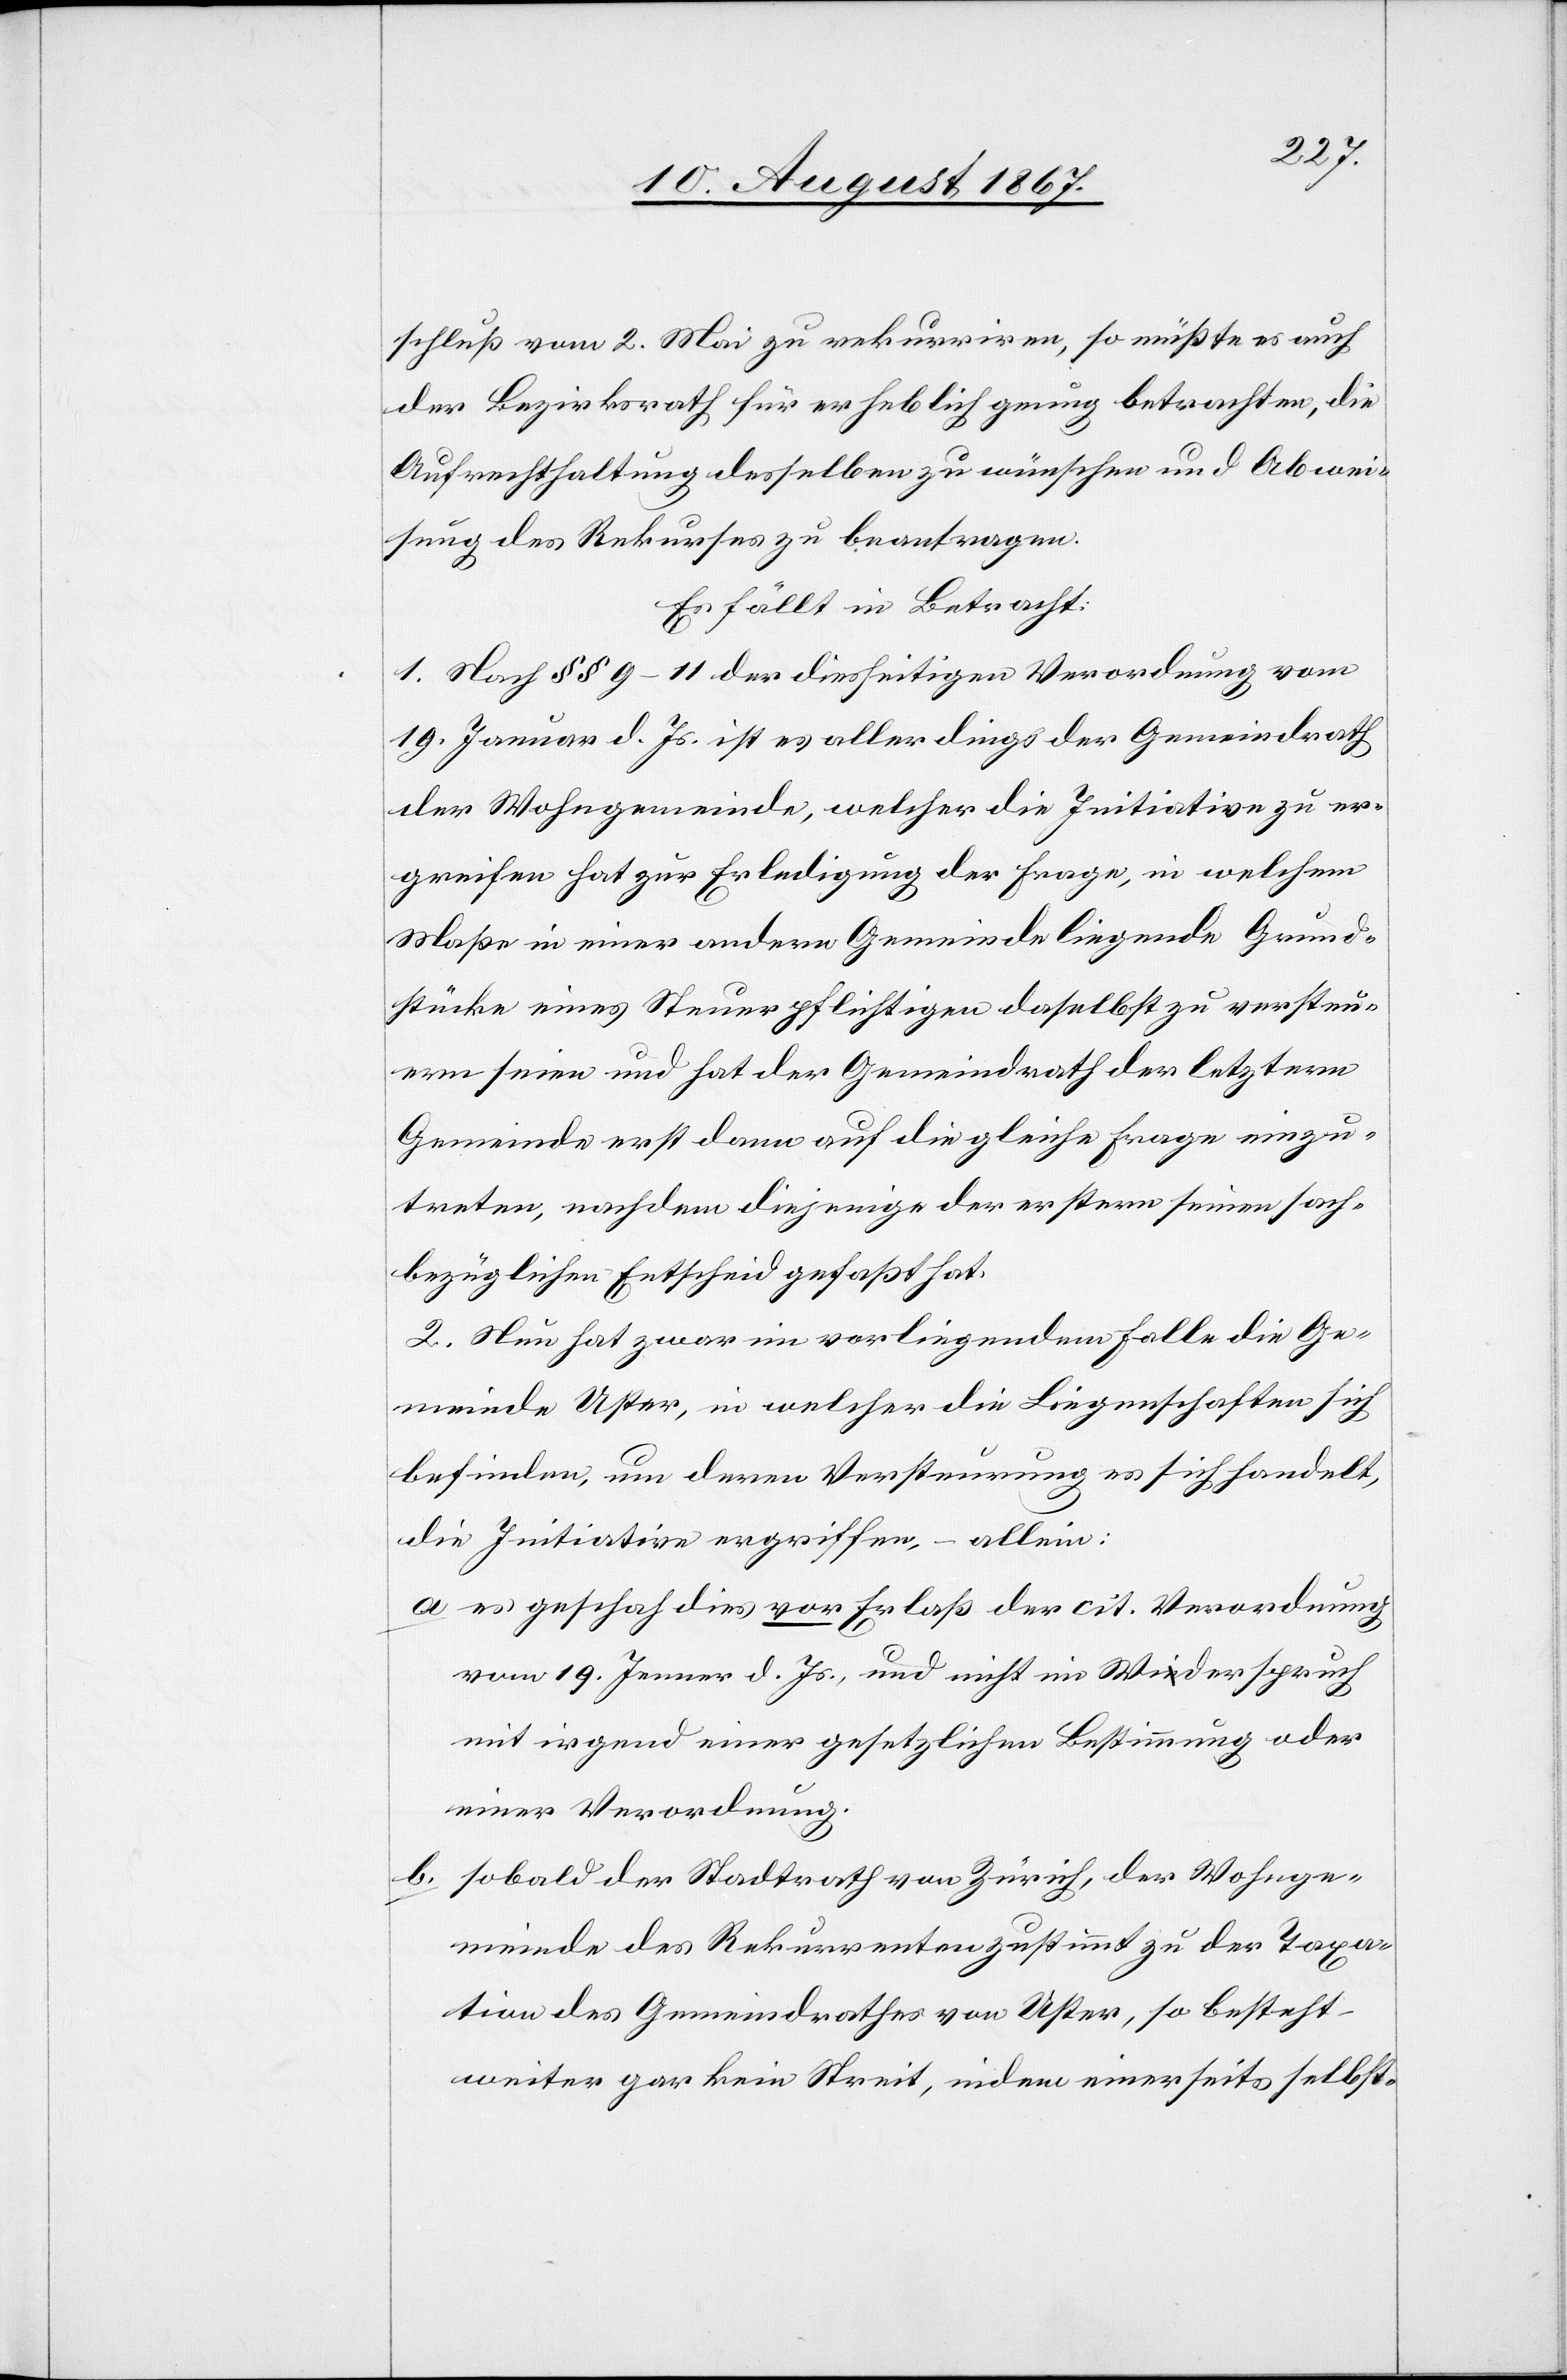
schluß vom 2. Mai zu rekurriren, so müßte es auch
der Bezirksrath für erheblich genug betrachten, die
Aufrechthaltung desselben zu wünschen und Abwei¬
sung des Rekurses zu beantragen.
Es fällt in Betracht:
1. Nach § § 9–11 der diesseitigen Verordnung vom
19. Jenuar d. Js. ist es allerdings der Gemeindrath
der Wohngemeinde, welcher die Initiative zu er¬
greifen hat zur Erledigung der Frage, in welchem
Maße in einer andern Gemeinde liegende Grund¬
stücke eines Steuerpflichtigen daselbst zu versteu¬
ern seien und hat der Gemeindrath der letztern
Gemeinde erst dann auf die gleiche Frage einzu¬
treten, nachdem diejenige der erstern seinen sach¬
bezüglichen Entscheid gefaßt hat.
2. Nun hat zwar im vorliegenden Falle die Ge¬
meinde Uster, in welcher die Liegenschaften sich
befinden, um deren Versteurung es sich handelt,
die Initiative ergriffen – allein:
a es geschah vor Erlaß der cit. Verordnung
vom 19. Jenner d. Js., und nicht im Widerspruch
mit irgend einer gesetzlichen Bestimmung oder
einer Verordnung.
b. sobald der Stadtrath von Zürich, der Wohnge¬
meinde des Rekurrenten zustimmt zu der Taxa¬
tion des Gemeindrathes von Uster, so besteht
weiter gar kein Streit, indem einerseits selbst-